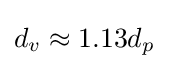
d_{v}\approx 1.13d_{p}